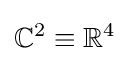
\mathbb {C} ^{2}\equiv \mathbb {R} ^{4}